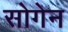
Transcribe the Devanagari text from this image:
सोगेन